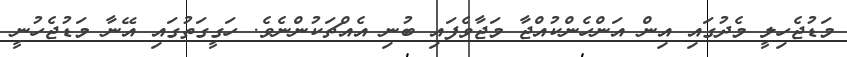
މަޑުޖެހިލީ މެދުގައި އިން އަންހެންކުއްޖާ މަޖާވެފައި ބުނި އެއްޗަކުންނެވެ. ހަގީގަތުގައި އޭނާ މަޑުޖެހުނީ